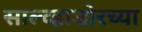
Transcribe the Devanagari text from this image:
साल्व्हाडोरच्या